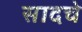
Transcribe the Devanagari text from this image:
सादचे